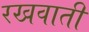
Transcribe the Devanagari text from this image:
रखवाती